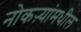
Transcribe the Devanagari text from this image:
नोकऱ्यांमधील